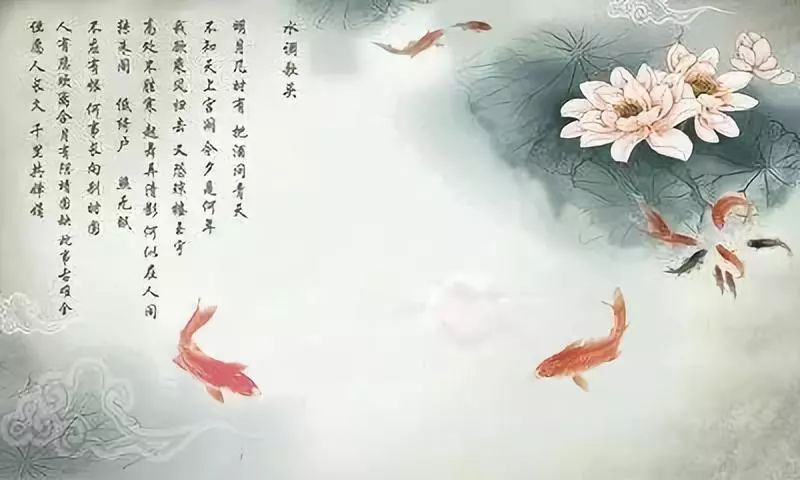
人恒过然后能改，困于心衡于虑而后作，征于色，发于声，而后喻。